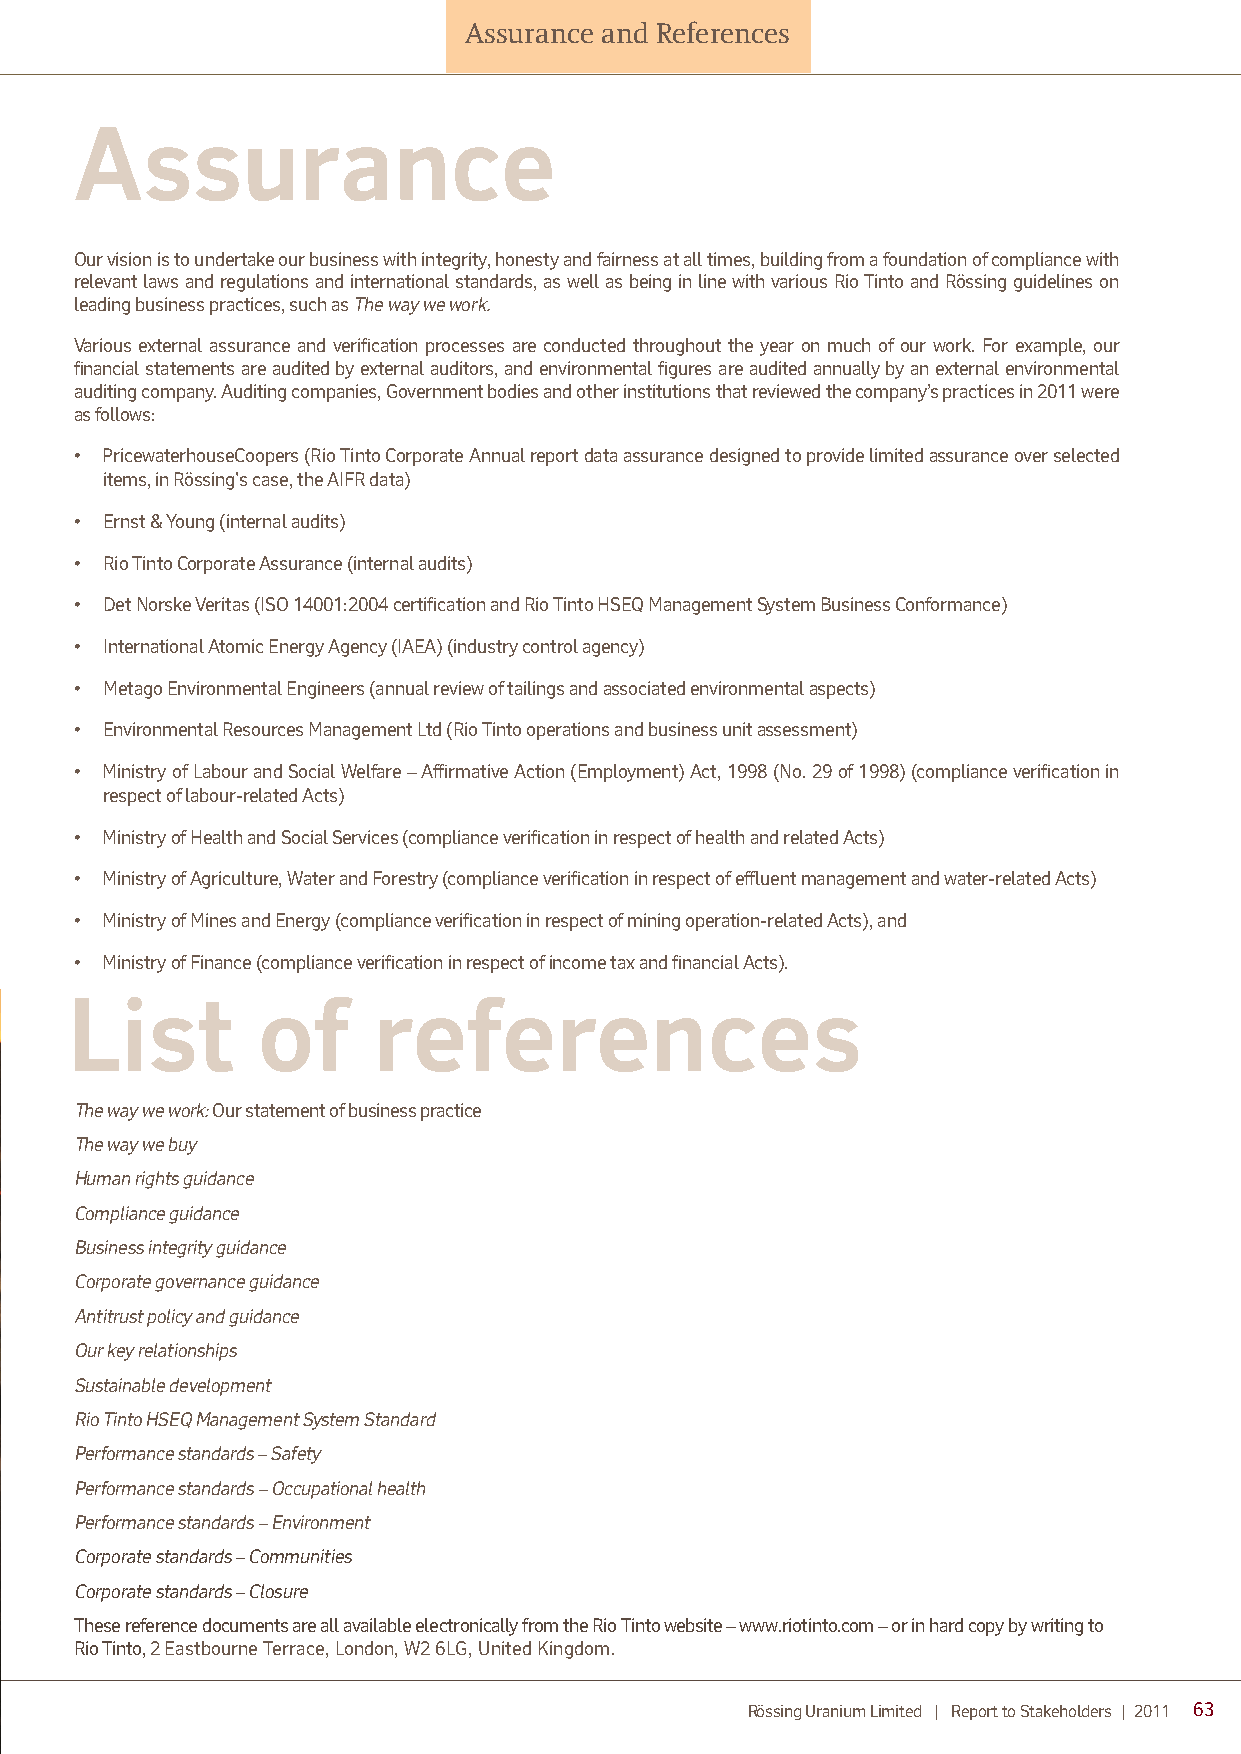
Assurance and References
 Assurance
 Our vision is to undertake our business with integrity, honesty and fairness at all times, building from a foundation of compliance with
 relevant laws and regulations and international standards, as well as being in line with various Rio Tinto and Rössing guidelines on
 leading business practices, such as The way we work.
 Various external assurance and verification processes are conducted throughout the year on much of our work. For example, our
 financial statements are audited by external auditors, and environmental figures are audited annually by an external environmental
 auditing company. Auditing companies, Government bodies and other institutions that reviewed the company’s practices in 2011 were
 as follows:
 • PricewaterhouseCoopers (Rio Tinto Corporate Annual report data assurance designed to provide limited assurance over selected
 items, in Rössing's case, the AIFR data)
 • Ernst & Young (internal audits)
 • Rio Tinto Corporate Assurance (internal audits)
 • Det Norske Veritas (ISO 14001:2004 certification and Rio Tinto HSEQ Management System Business Conformance)
 • International Atomic Energy Agency (IAEA) (industry control agency)
 • Metago Environmental Engineers (annual review of tailings and associated environmental aspects)
 • Environmental Resources Management Ltd (Rio Tinto operations and business unit assessment)
 • Ministry of Labour and Social Welfare – Affirmative Action (Employment) Act, 1998 (No. 29 of 1998) (compliance verification in
 respect of labour-related Acts)
 • Ministry of Health and Social Services (compliance verification in respect of health and related Acts)
 • Ministry of Agriculture, Water and Forestry (compliance verification in respect of effluent management and water-related Acts)
 • Ministry of Mines and Energy (compliance verification in respect of mining operation-related Acts), and
 • Ministry of Finance (compliance verification in respect of income tax and financial Acts).
 List         of      references
 The way we work: Our statement of business practice
 The way we buy
 Human rights guidance
 Compliance guidance
 Business integrity guidance
 Corporate governance guidance
 Antitrust policy and guidance
 Our key relationships
 Sustainable development
 Rio Tinto HSEQ Management System Standard
 Performance standards – Safety
 Performance standards – Occupational health
 Performance standards – Environment
 Corporate standards – Communities
 Corporate standards – Closure
 These reference documents are all available electronically from the Rio Tinto website – www.riotinto.com – or in hard copy by writing to
 Rio Tinto, 2 Eastbourne Terrace, London, W2 6LG, United Kingdom.
 Rössing Uranium Limited | Report to Stakeholders | 2011 63